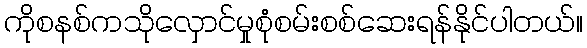
ကိုစနစ်ကသိုလှောင်မှုစုံစမ်းစစ်ဆေးရန်နိုင်ပါတယ်။